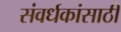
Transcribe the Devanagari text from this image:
संवर्धकांसाठी